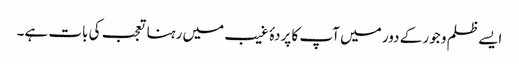
ایسے ظلم و جور کے دور میں آپ کا پردۂ غیب میں رہنا تعجب کی بات ہے۔